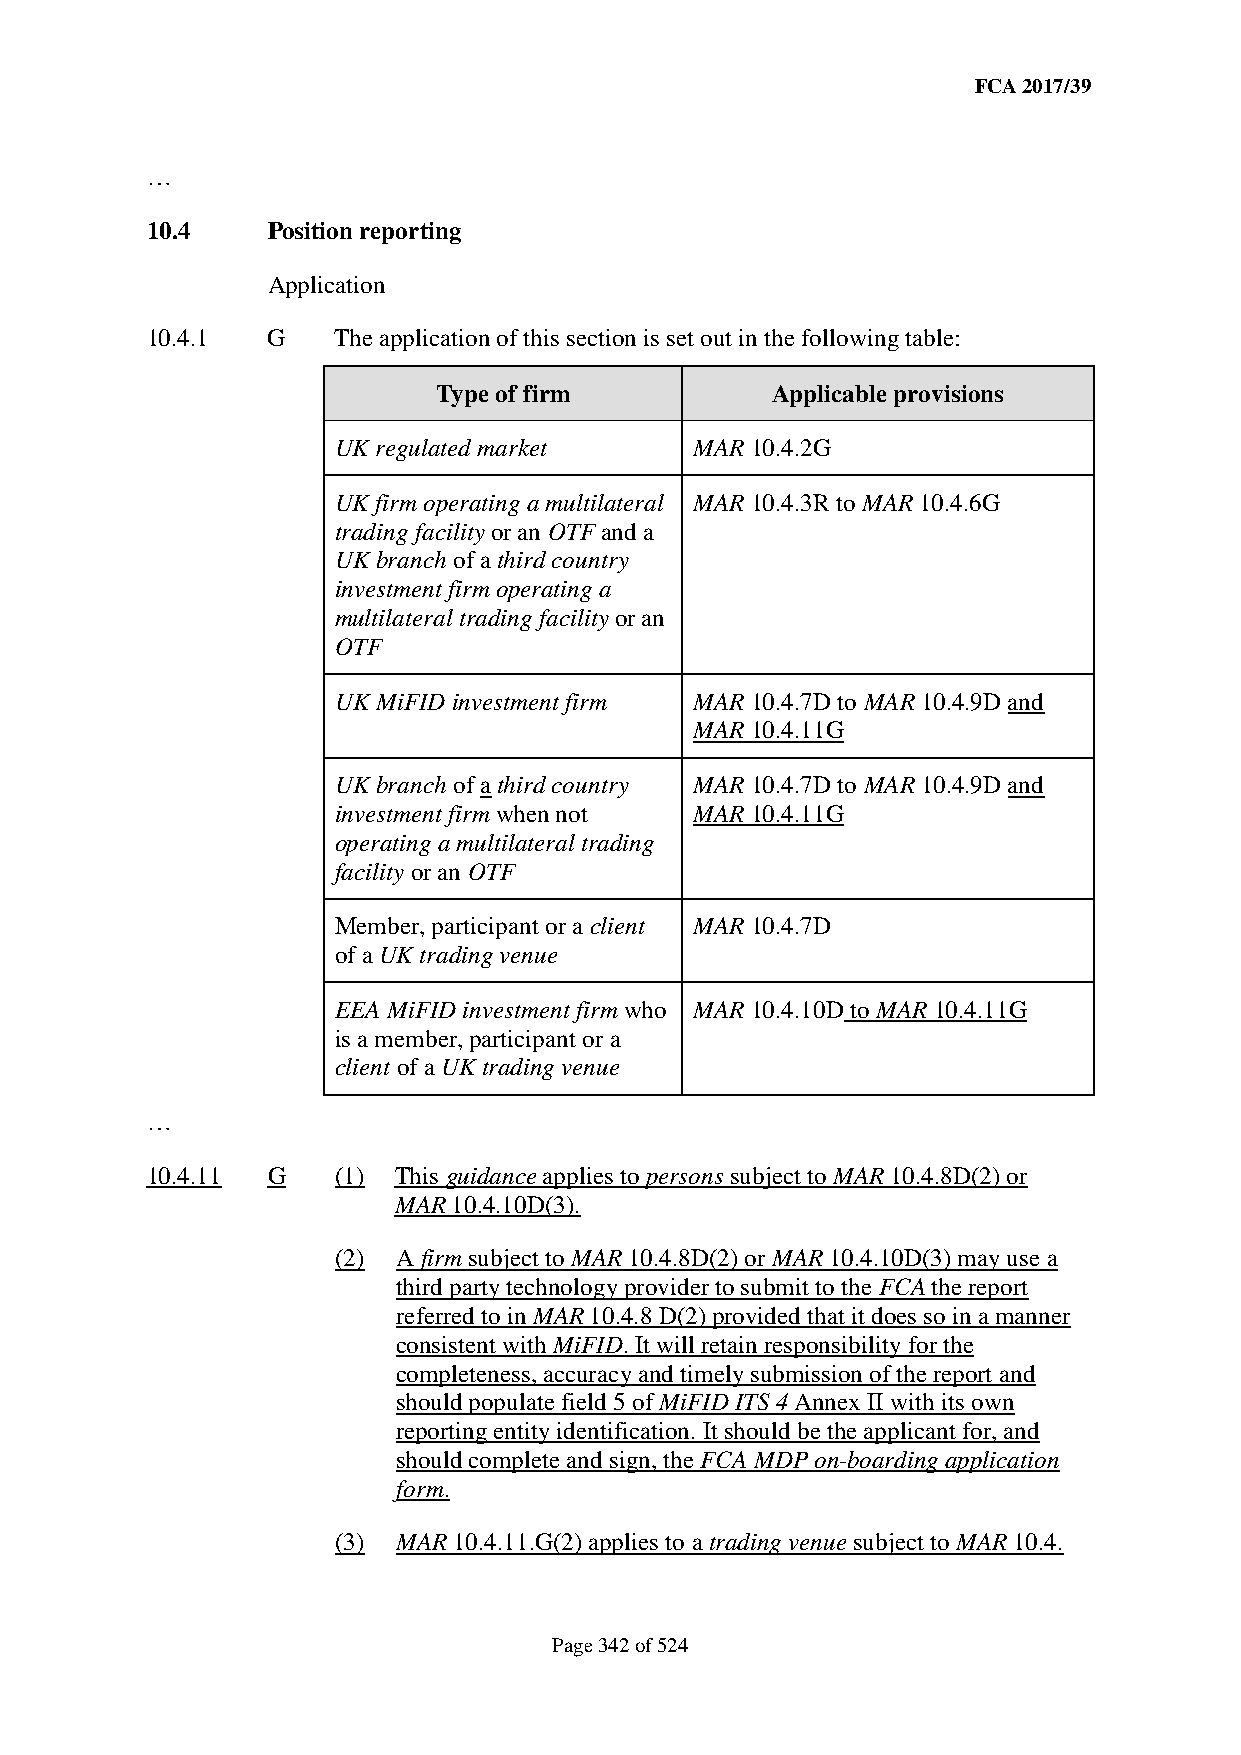
FCA 2017/39
 …
 10.4    Position reporting
 Application
 10.4.1  G   The application of this section is set out in the following table:
 Type of firm          Applicable provisions
 UK regulated market     MAR 10.4.2G
 UK firm operating a multilateral MAR 10.4.3R to MAR 10.4.6G
 trading facility or an OTF and a
 UK branch of a third country
 investment firm operating a
 multilateral trading facility or an
 OTF
 UK MiFID investment firm MAR 10.4.7D to MAR 10.4.9D and
 MAR 10.4.11G
 UK branch of a third country MAR 10.4.7D to MAR 10.4.9D and
 investment firm when not MAR 10.4.11G
 operating a multilateral trading
 facility or an OTF
 Member, participant or a client MAR 10.4.7D
 of a UK trading venue
 EEA MiFID investment firm who MAR 10.4.10D to MAR 10.4.11G
 is a member, participant or a
 client of a UK trading venue
 …
 10.4.11 G   (1) This guidance applies to persons subject to MAR 10.4.8D(2) or
 MAR 10.4.10D(3).
 (2) A firm subject to MAR 10.4.8D(2) or MAR 10.4.10D(3) may use a
 third party technology provider to submit to the FCA the report
 referred to in MAR 10.4.8 D(2) provided that it does so in a manner
 consistent with MiFID. It will retain responsibility for the
 completeness, accuracy and timely submission of the report and
 should populate field 5 of MiFID ITS 4 Annex II with its own
 reporting entity identification. It should be the applicant for, and
 should complete and sign, the FCA MDP on-boarding application
 form.
 (3) MAR 10.4.11.G(2) applies to a trading venue subject to MAR 10.4.
 Page 342 of 524